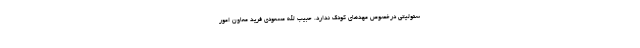
سئولیتی درخصوص مهد‌های کودک ندارد. حبیب الله مسعودی فرید معاون امور